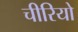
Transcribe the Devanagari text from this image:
चीरियो